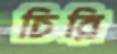
চিরি